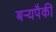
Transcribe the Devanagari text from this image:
बर्‍यपैकी